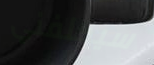
سيكلفني